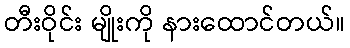
တီးဝိုင်း မျိုးကို နားထောင်တယ်။